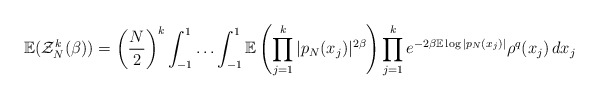
\begin{align*} \mathbb{E}(\mathcal{Z}^{k}_{N}(\beta)) = \left(\frac{N}{2}\right)^{k}\int_{-1}^{1}\ldots \int_{-1}^{1}\mathbb{E}\left( \prod_{j=1}^{k}|p_{N}(x_{j})|^{2\beta}\right)\prod_{j=1}^{k}e^{-2\beta\mathbb{E}\log|p_{N}(x_{j})|}\rho^{q}(x_{j})\,dx_{j}\end{align*}